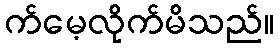
က်မေ့လိုက်မိသည်။